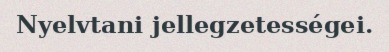
Nyelvtani jellegzetességei.